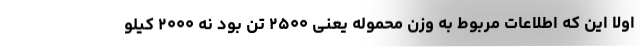
اولا این که اطلاعات مربوط به وزن محموله یعنی ۲۵۰۰ تن بود نه ۲۰۰۰ کیلو